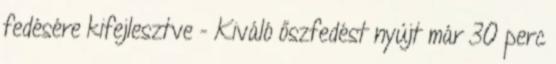
fedésére kifejlesztve - Kiváló őszfedést nyújt már 30 perc